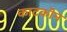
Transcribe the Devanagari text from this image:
काटकॊन